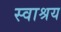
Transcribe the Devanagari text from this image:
स्वाश्रय